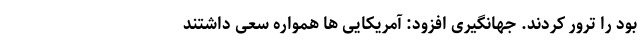
بود را ترور کردند. جهانگیری افزود:‌ آمریکایی ها همواره سعی داشتند